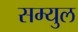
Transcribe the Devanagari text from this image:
सम्युल